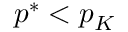
p ^ { * } < p _ { K }